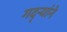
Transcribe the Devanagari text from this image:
गद्र्‍यांने